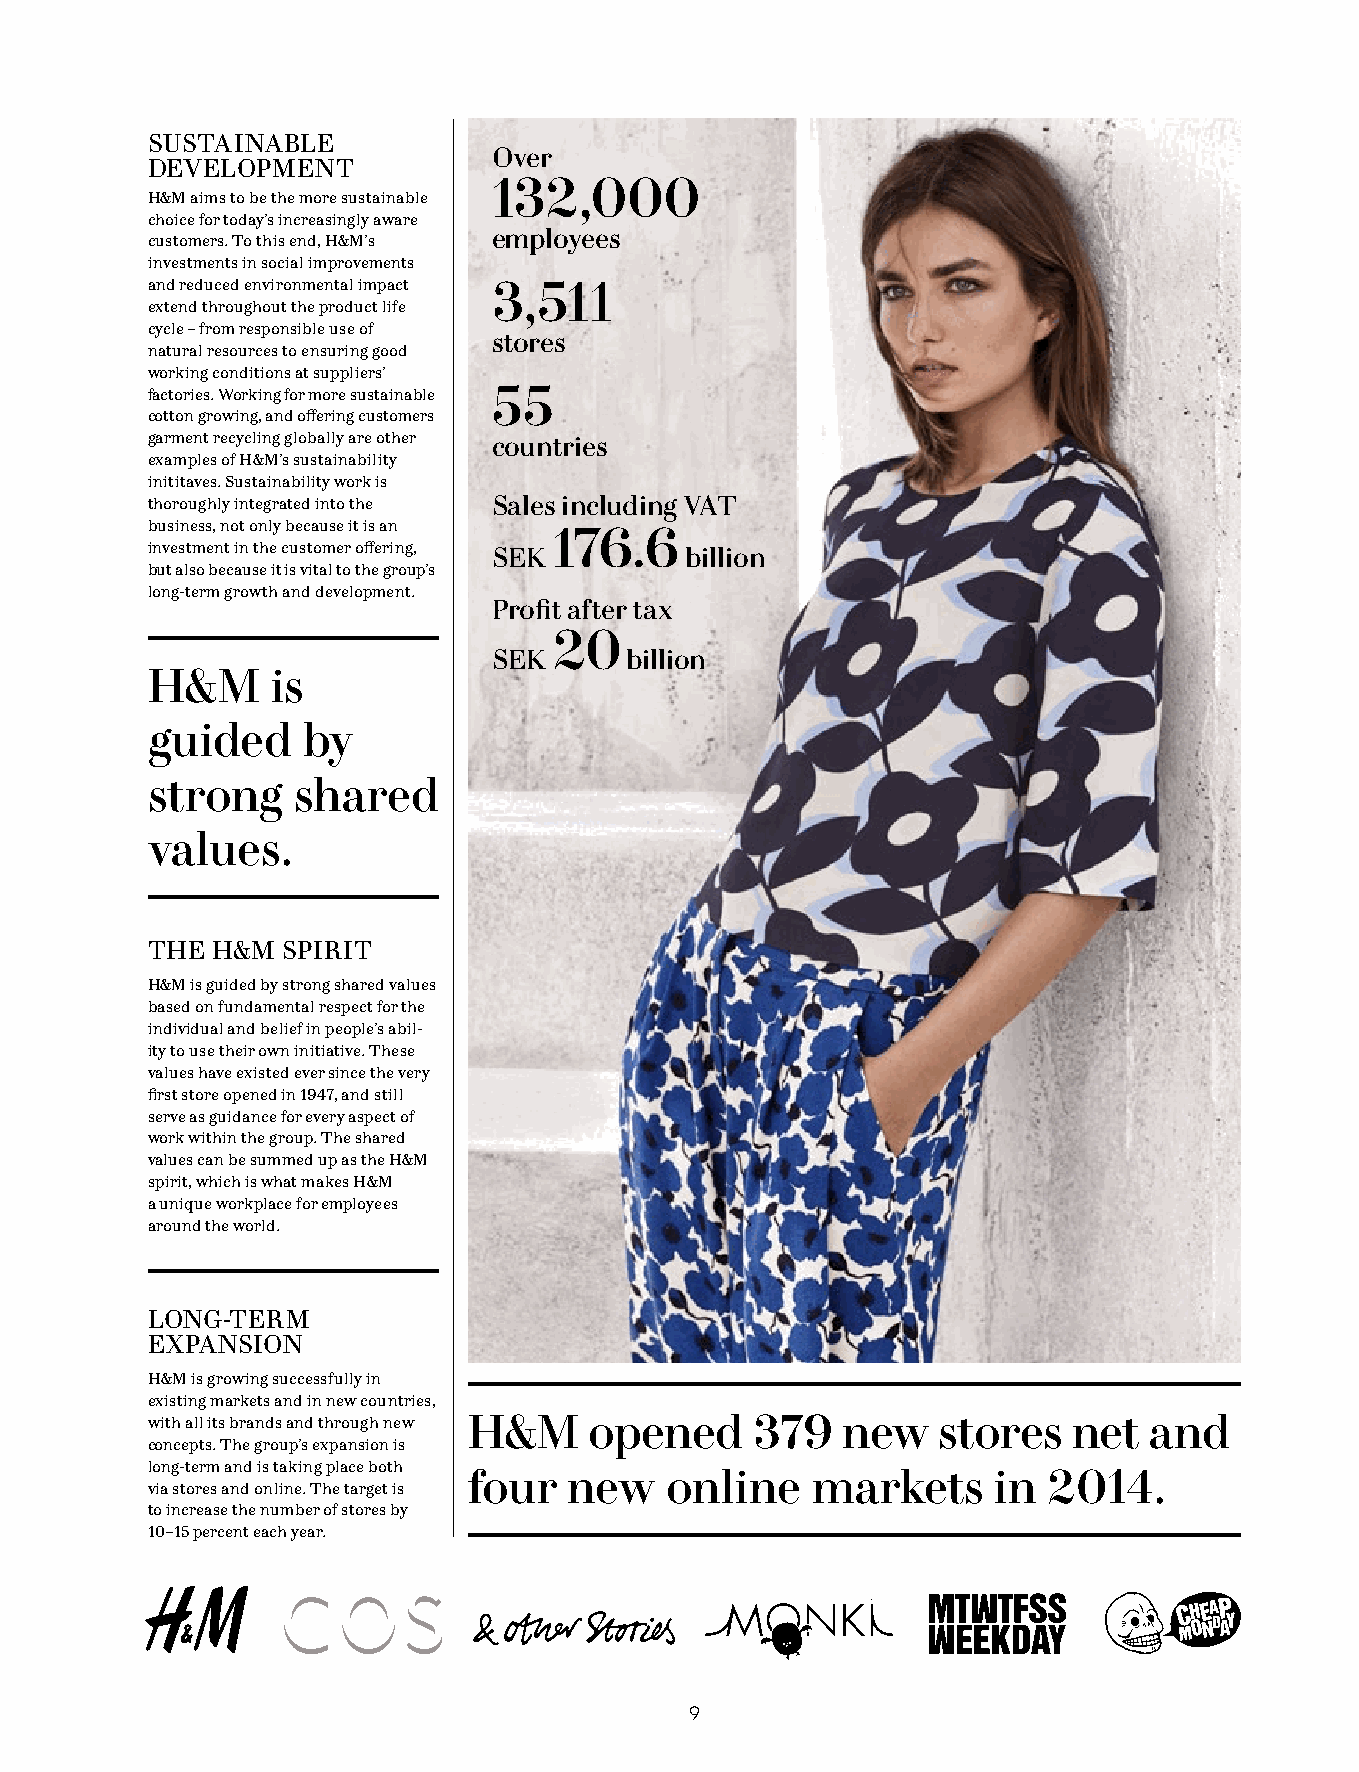
SUSTAINABLE
 Over
 DEVELOPMENT
 132,000
 H&M aims to be the more sustainable
 choice for today’s increasingly aware
 employees
 customers. To this end, H&M’s
 investments in social improvements
 and reduced environmental impact 3,511
 extend throughout the product life
 cycle – from responsible use of
 stores
 natural resources to ensuring good
 working conditions at suppliers’
 factories. Working for more sustainable 55
 cotton growing, and offering customers
 garment recycling globally are other countries
 examples of H&M’s sustainability
 inititaves. Sustainability work is
 thoroughly integrated into the Sales including VAT
 business, not only because it is an
 176.6
 investment in the customer offering, SEK billion
 but also because it is vital to the group’s
 long-term growth and development.
 Profit after tax
 20
 SEK     billion
 H&M     is
 guided    by
 strong   shared
 values.
 THE H&M  SPIRIT
 H&M is guided by strong shared values
 based on fundamental respect for the
 individual and belief in people’s abil-
 ity to use their own initiative. These
 values have existed ever since the very
 first store opened in 1947, and still
 serve as guidance for every aspect of
 work within the group. The shared
 values can be summed up as the H&M
 spirit, which is what makes H&M
 a unique workplace for employees
 around the world.
 LONG-TERM
 EXPANSION
 H&M is growing successfully in
 existing markets and in new countries,
 with all its brands and through new H&M opened 379 new stores net and
 concepts. The group’s expansion is
 long-term and is taking place both
 four   new   online    markets     in 2014.
 via stores and online. The target is
 to increase the number of stores by
 10–15 percent each year.
 9